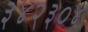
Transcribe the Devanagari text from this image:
३४२३०४